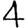
Digit: 4